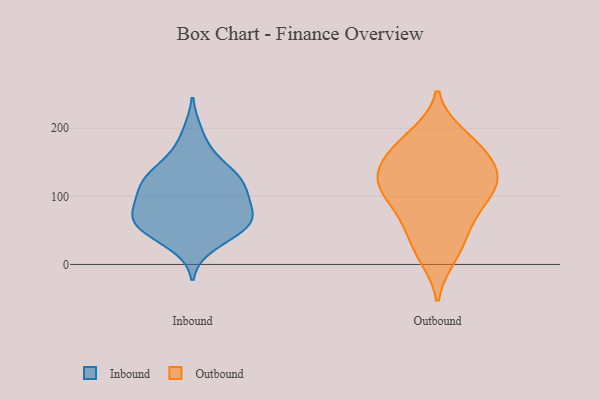
{"axis": {"x": "LTV (USD)", "y": "Value"}, "legend": ["Inbound", "Outbound"], "data": [{"x": "", "y": 135, "type": "Inbound"}, {"x": "", "y": 115, "type": "Inbound"}, {"x": "", "y": 76, "type": "Inbound"}, {"x": "", "y": 51, "type": "Inbound"}, {"x": "", "y": 122, "type": "Inbound"}, {"x": "", "y": 139, "type": "Inbound"}, {"x": "", "y": 69, "type": "Inbound"}, {"x": "", "y": 72, "type": "Inbound"}, {"x": "", "y": 51, "type": "Inbound"}, {"x": "", "y": 52, "type": "Inbound"}, {"x": "", "y": 100, "type": "Inbound"}, {"x": "", "y": 158, "type": "Inbound"}, {"x": "", "y": 78, "type": "Inbound"}, {"x": "", "y": 109, "type": "Inbound"}, {"x": "", "y": 115, "type": "Inbound"}, {"x": "", "y": 60, "type": "Inbound"}, {"x": "", "y": 193, "type": "Inbound"}, {"x": "", "y": 29, "type": "Inbound"}, {"x": "", "y": 12, "type": "Outbound"}, {"x": "", "y": 48, "type": "Outbound"}, {"x": "", "y": 19, "type": "Outbound"}, {"x": "", "y": 110, "type": "Outbound"}, {"x": "", "y": 107, "type": "Outbound"}, {"x": "", "y": 63, "type": "Outbound"}, {"x": "", "y": 184, "type": "Outbound"}, {"x": "", "y": 154, "type": "Outbound"}, {"x": "", "y": 189, "type": "Outbound"}, {"x": "", "y": 160, "type": "Outbound"}, {"x": "", "y": 133, "type": "Outbound"}, {"x": "", "y": 75, "type": "Outbound"}, {"x": "", "y": 96, "type": "Outbound"}, {"x": "", "y": 126, "type": "Outbound"}, {"x": "", "y": 171, "type": "Outbound"}, {"x": "", "y": 128, "type": "Outbound"}, {"x": "", "y": 125, "type": "Outbound"}]}